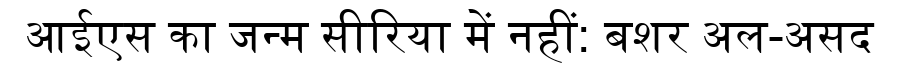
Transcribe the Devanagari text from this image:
आईएस का जन्म सीरिया में नहीं: बशर अल-असद